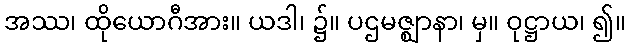
အဿ၊ ထိုယောဂီအား။ ယဒါ၊ ၌။ ပဌမဇ္ဈာနာ၊ မှ။ ဝုဋ္ဌာယ၊ ၍။